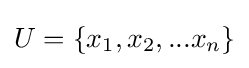
U=\{x_{1},x_{2},...x_{n}\}